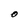
Character: O